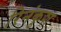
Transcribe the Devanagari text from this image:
रिनंकुश